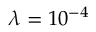
\lambda = 1 0 ^ { - 4 }